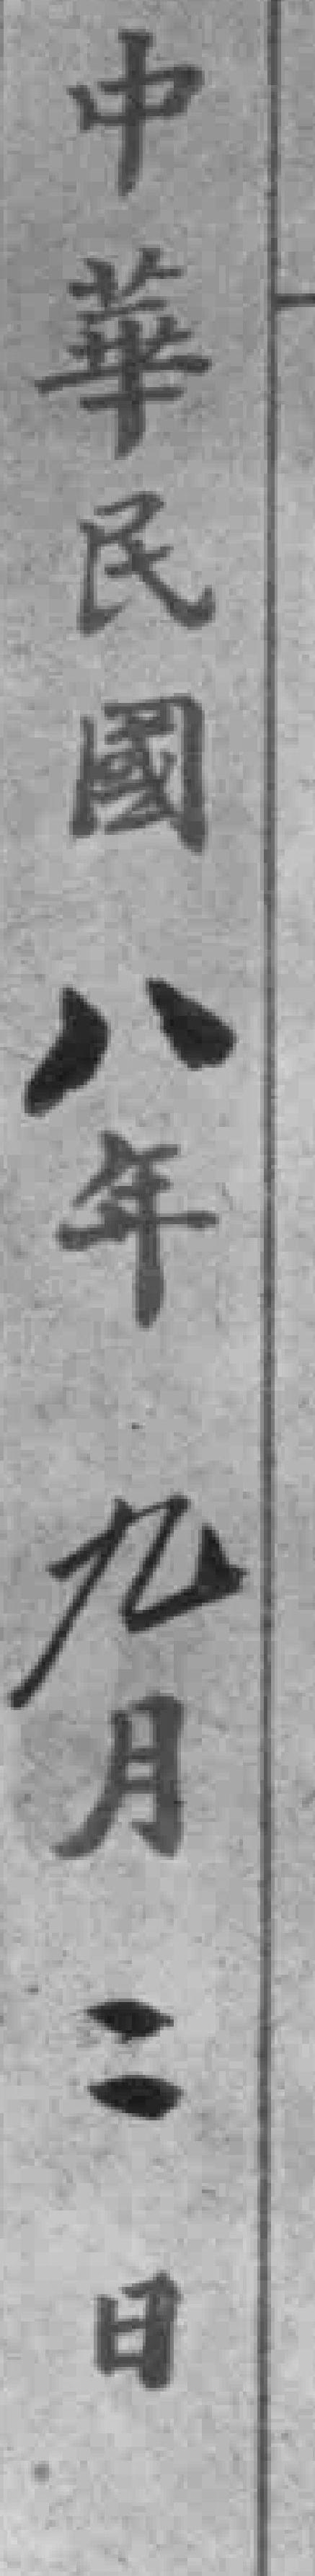
中華民國八年九月二日